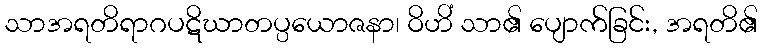
သာအရတိရာဂပဋိဃာတပ္ပယောဇနာ၊ ဝိဟိံ သာ၏ ပျောက်ခြင်း, အရတိ၏